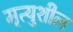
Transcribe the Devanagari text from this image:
मृत्युशील